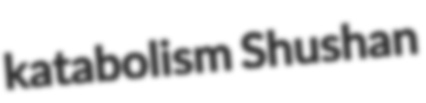
katabolism Shushan